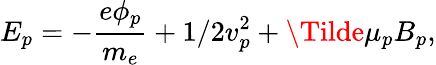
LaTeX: E_{p}=-\frac{e\phi_{p}}{m_{e}}+1/2v_{p}^{2}+\Tilde{\mu}_{p}B_{p},